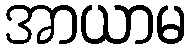
အာယာမ